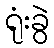
ရုံးခွဲ